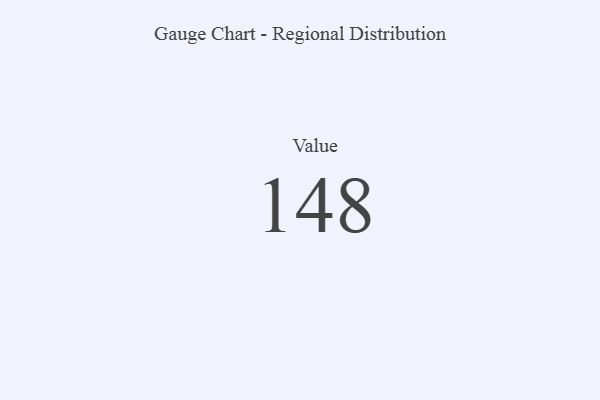
{"axis": {"x": "Metric", "y": "Value"}, "legend": [""], "data": [{"x": "Value", "y": 148, "type": ""}]}